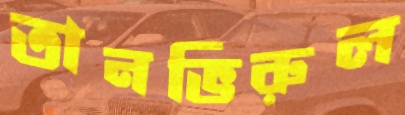
তানভিরুল